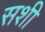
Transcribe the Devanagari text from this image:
सशी